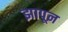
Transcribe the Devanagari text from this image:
झापून